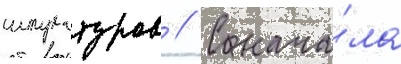
штукатуров // С нача́ла